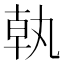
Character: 𪟵